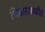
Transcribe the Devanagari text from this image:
चितारआळीत